Civil Veterinary Department. Madras. Admin. report 1926-33 - 1926-1933
Year: 1926
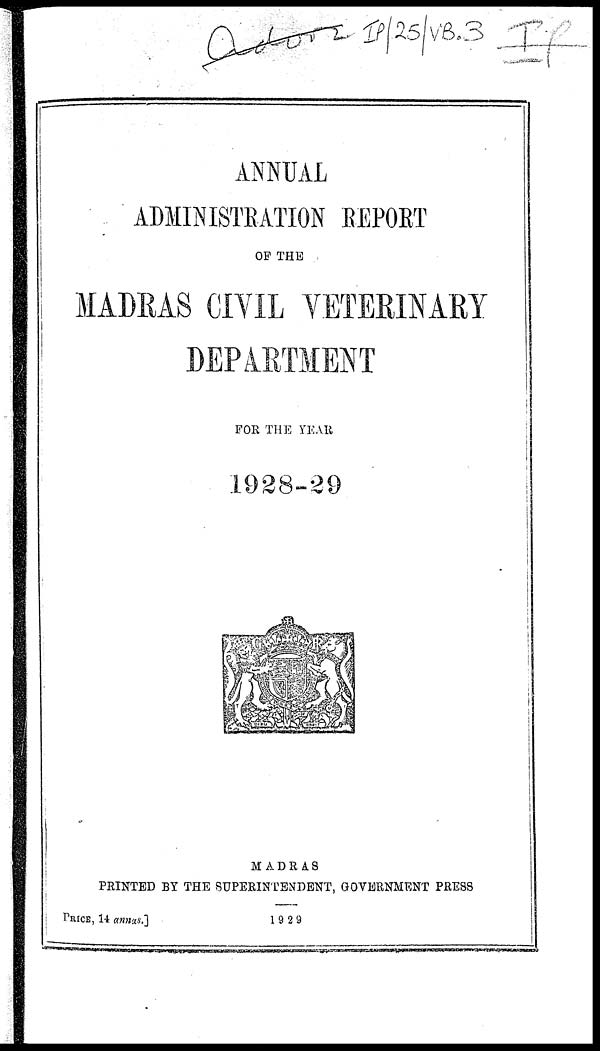
ANNUAL
ADMINISTRATION REPORT
OF THE
MADRAS CIVIL VETERINARY
DEPARTMENT
FOE THE YEAR
1928-29
MADRAS
PRINTED BY THE SUPERINTENDENT, GOVERNMENT PRESS
PRICE, 14 annus.]
1929